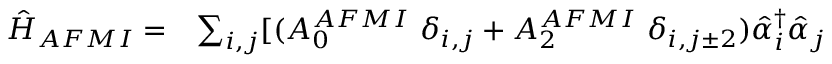
\begin{array} { l l } { \hat { H } _ { A F M I } = } & { \sum _ { i , j } [ { ( A _ { 0 } ^ { A F M I } \ { \delta } _ { i , j } + A _ { 2 } ^ { A F M I } \ { \delta } _ { i , j \pm 2 } ) \hat { \alpha } _ { i } ^ { \dagger } \hat { \alpha } _ { j } } } \end{array}